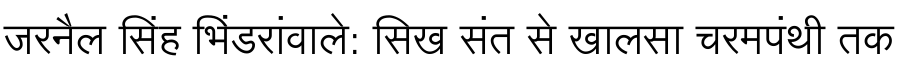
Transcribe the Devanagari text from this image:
जरनैल सिंह भिंडरांवाले: सिख संत से खालसा चरमपंथी तक